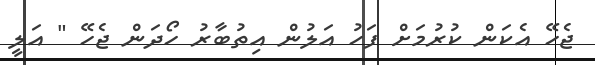
ޖެހޭ އެކަން ކުރުމަށް ފަހު އަލުން އިތުބާރު ހޯދަން ޖެހޭ " އަލީ